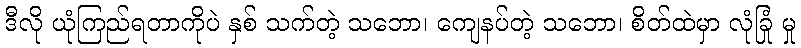
ဒီလို ယုံကြည်ရတာကိုပဲ နှစ် သက်တဲ့ သဘော၊ ကျေနပ်တဲ့ သဘော၊ စိတ်ထဲမှာ လုံခြုံ မှု